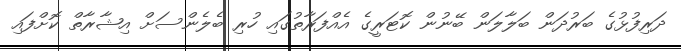
ދަރިފުޅުގެ ބަރުދަން ބަލާލަން ބޭނުން ކޮޓަރީގެ އެއްފަރާތުގައި ހުރި ބެލެންސަށް އިޝާރާތް ކޮށްފައި